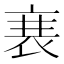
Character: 𮕱